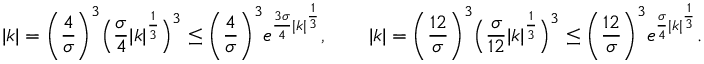
| k | = \bigg ( \frac { 4 } { \sigma } \bigg ) ^ { 3 } \Big ( \frac { \sigma } { 4 } | k | ^ { \frac { 1 } { 3 } } \Big ) ^ { 3 } \leq \bigg ( \frac { 4 } { \sigma } \bigg ) ^ { 3 } e ^ { \frac { 3 \sigma } { 4 } | k | ^ { \frac { 1 } { 3 } } } , \qquad | k | = \bigg ( \frac { 1 2 } { \sigma } \bigg ) ^ { 3 } \Big ( \frac { \sigma } { 1 2 } | k | ^ { \frac { 1 } { 3 } } \Big ) ^ { 3 } \leq \bigg ( \frac { 1 2 } { \sigma } \bigg ) ^ { 3 } e ^ { \frac { \sigma } { 4 } | k | ^ { \frac { 1 } { 3 } } } .